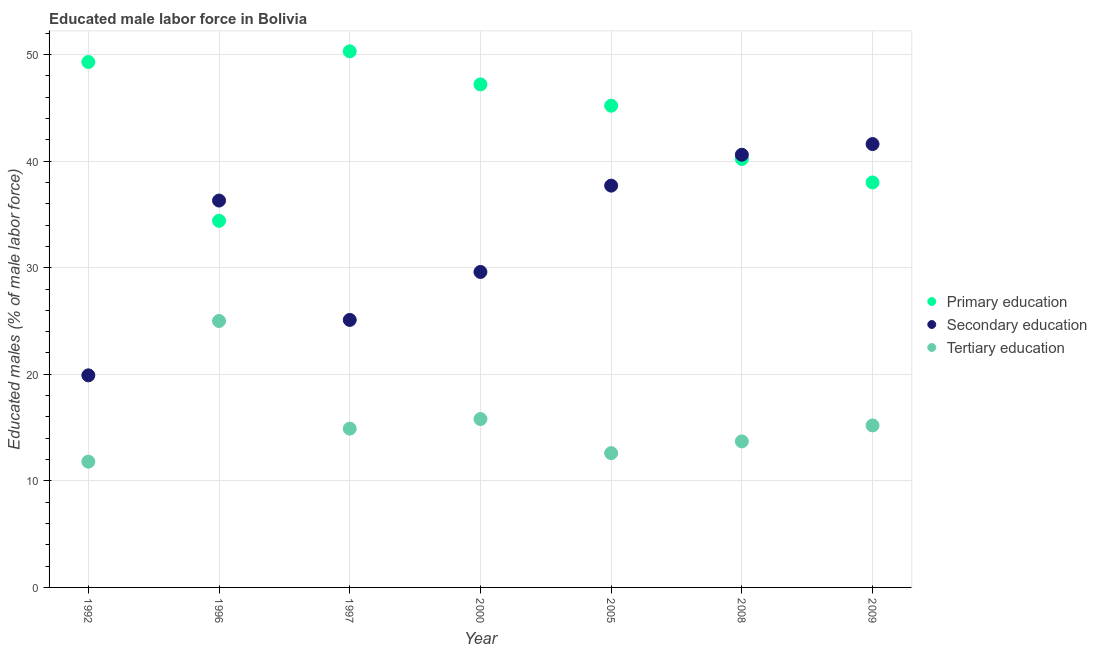
| Year | Primary education | Secondary education | Tertiary education |
 | --- | --- | --- | --- |
 | 1992 | 49.3 | 19.9 | 11.8 |
 | 1996 | 34.4 | 36.3 | 25 |
 | 1997 | 50.3 | 25.1 | 14.9 |
 | 2000 | 47.2 | 29.6 | 15.8 |
 | 2005 | 45.2 | 37.7 | 12.6 |
 | 2008 | 40.2 | 40.6 | 13.7 |
 | 2009 | 38 | 41.6 | 15.2 |